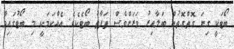
ބޯޓަކީ ގިނަ ގޮތްގޮތުން ބަލާއިރު ވަރަށްވެސް ތަފާތު ބޯޓެކެވެ. އެއްކަމަކީ މި ބޯޓުގައިވާ